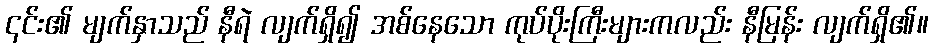
၎င်း၏ မျက်နှာသည် နီရဲ လျက်ရှိ၍ အစ်နေသော ကုပ်ပိုးကြီးများကလည်း နီမြန်း လျက်ရှိ၏။